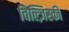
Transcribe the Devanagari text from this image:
विल्ज़िस्की